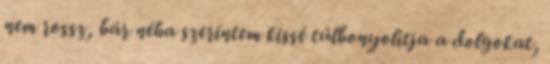
nem rossz, bár néha szerintem kissé túlbonyolítja a dolgokat,